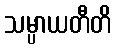
သမ္ပာယတီတိ